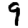
Digit: 9